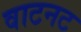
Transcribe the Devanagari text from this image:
वाटनट